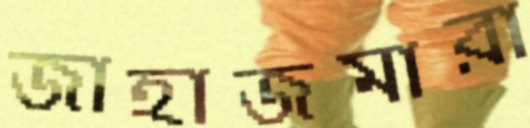
জাহাজমারা